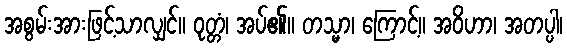
အစွမ်းအားဖြင့်သာလျှင်။ ဝုတ္တံ၊ အပ်၏။ တသ္မာ၊ ကြောင့်။ အဝိဟာ၊ အတပ္ပါ၊